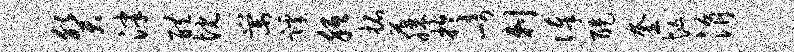
癸泮醴忱棠蹊胝拓藤於崎剌俸醍奎忙涓